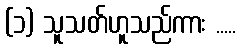
(၁) သူသတ်ဟူသည်ကား .....